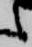
之